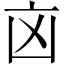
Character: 㐫